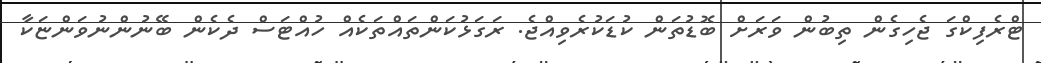
ޓްރެފިކްްގަ ޖެހިގެން ތިބުން ވަރަށް ބޮޑުތަން ކުޑަކުރެވިއްޖެ. ރަގަޅުކަންތައްތަކެއް ހުއްޓަސް ދެކެން ބޭނުންނުވަންޏަކާ